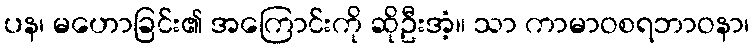
ပန၊ မဟောခြင်း၏ အကြောင်းကို ဆိုဦးအံ့။ သာ ကာမာဝစရဘာဝနာ၊